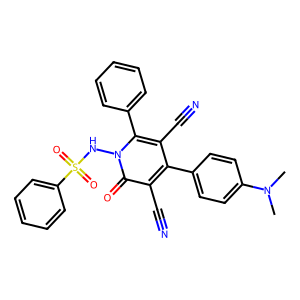
SMILES: CN(C)c1ccc(-c2c(C#N)c(-c3ccccc3)n(NS(=O)(=O)c3ccccc3)c(=O)c2C#N)cc1
Inhibits HIV replication: No